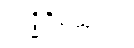
ဣဒ္ဓိဝိဓသုတ်။